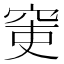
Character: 𥥥